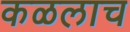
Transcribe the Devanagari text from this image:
कळलाच